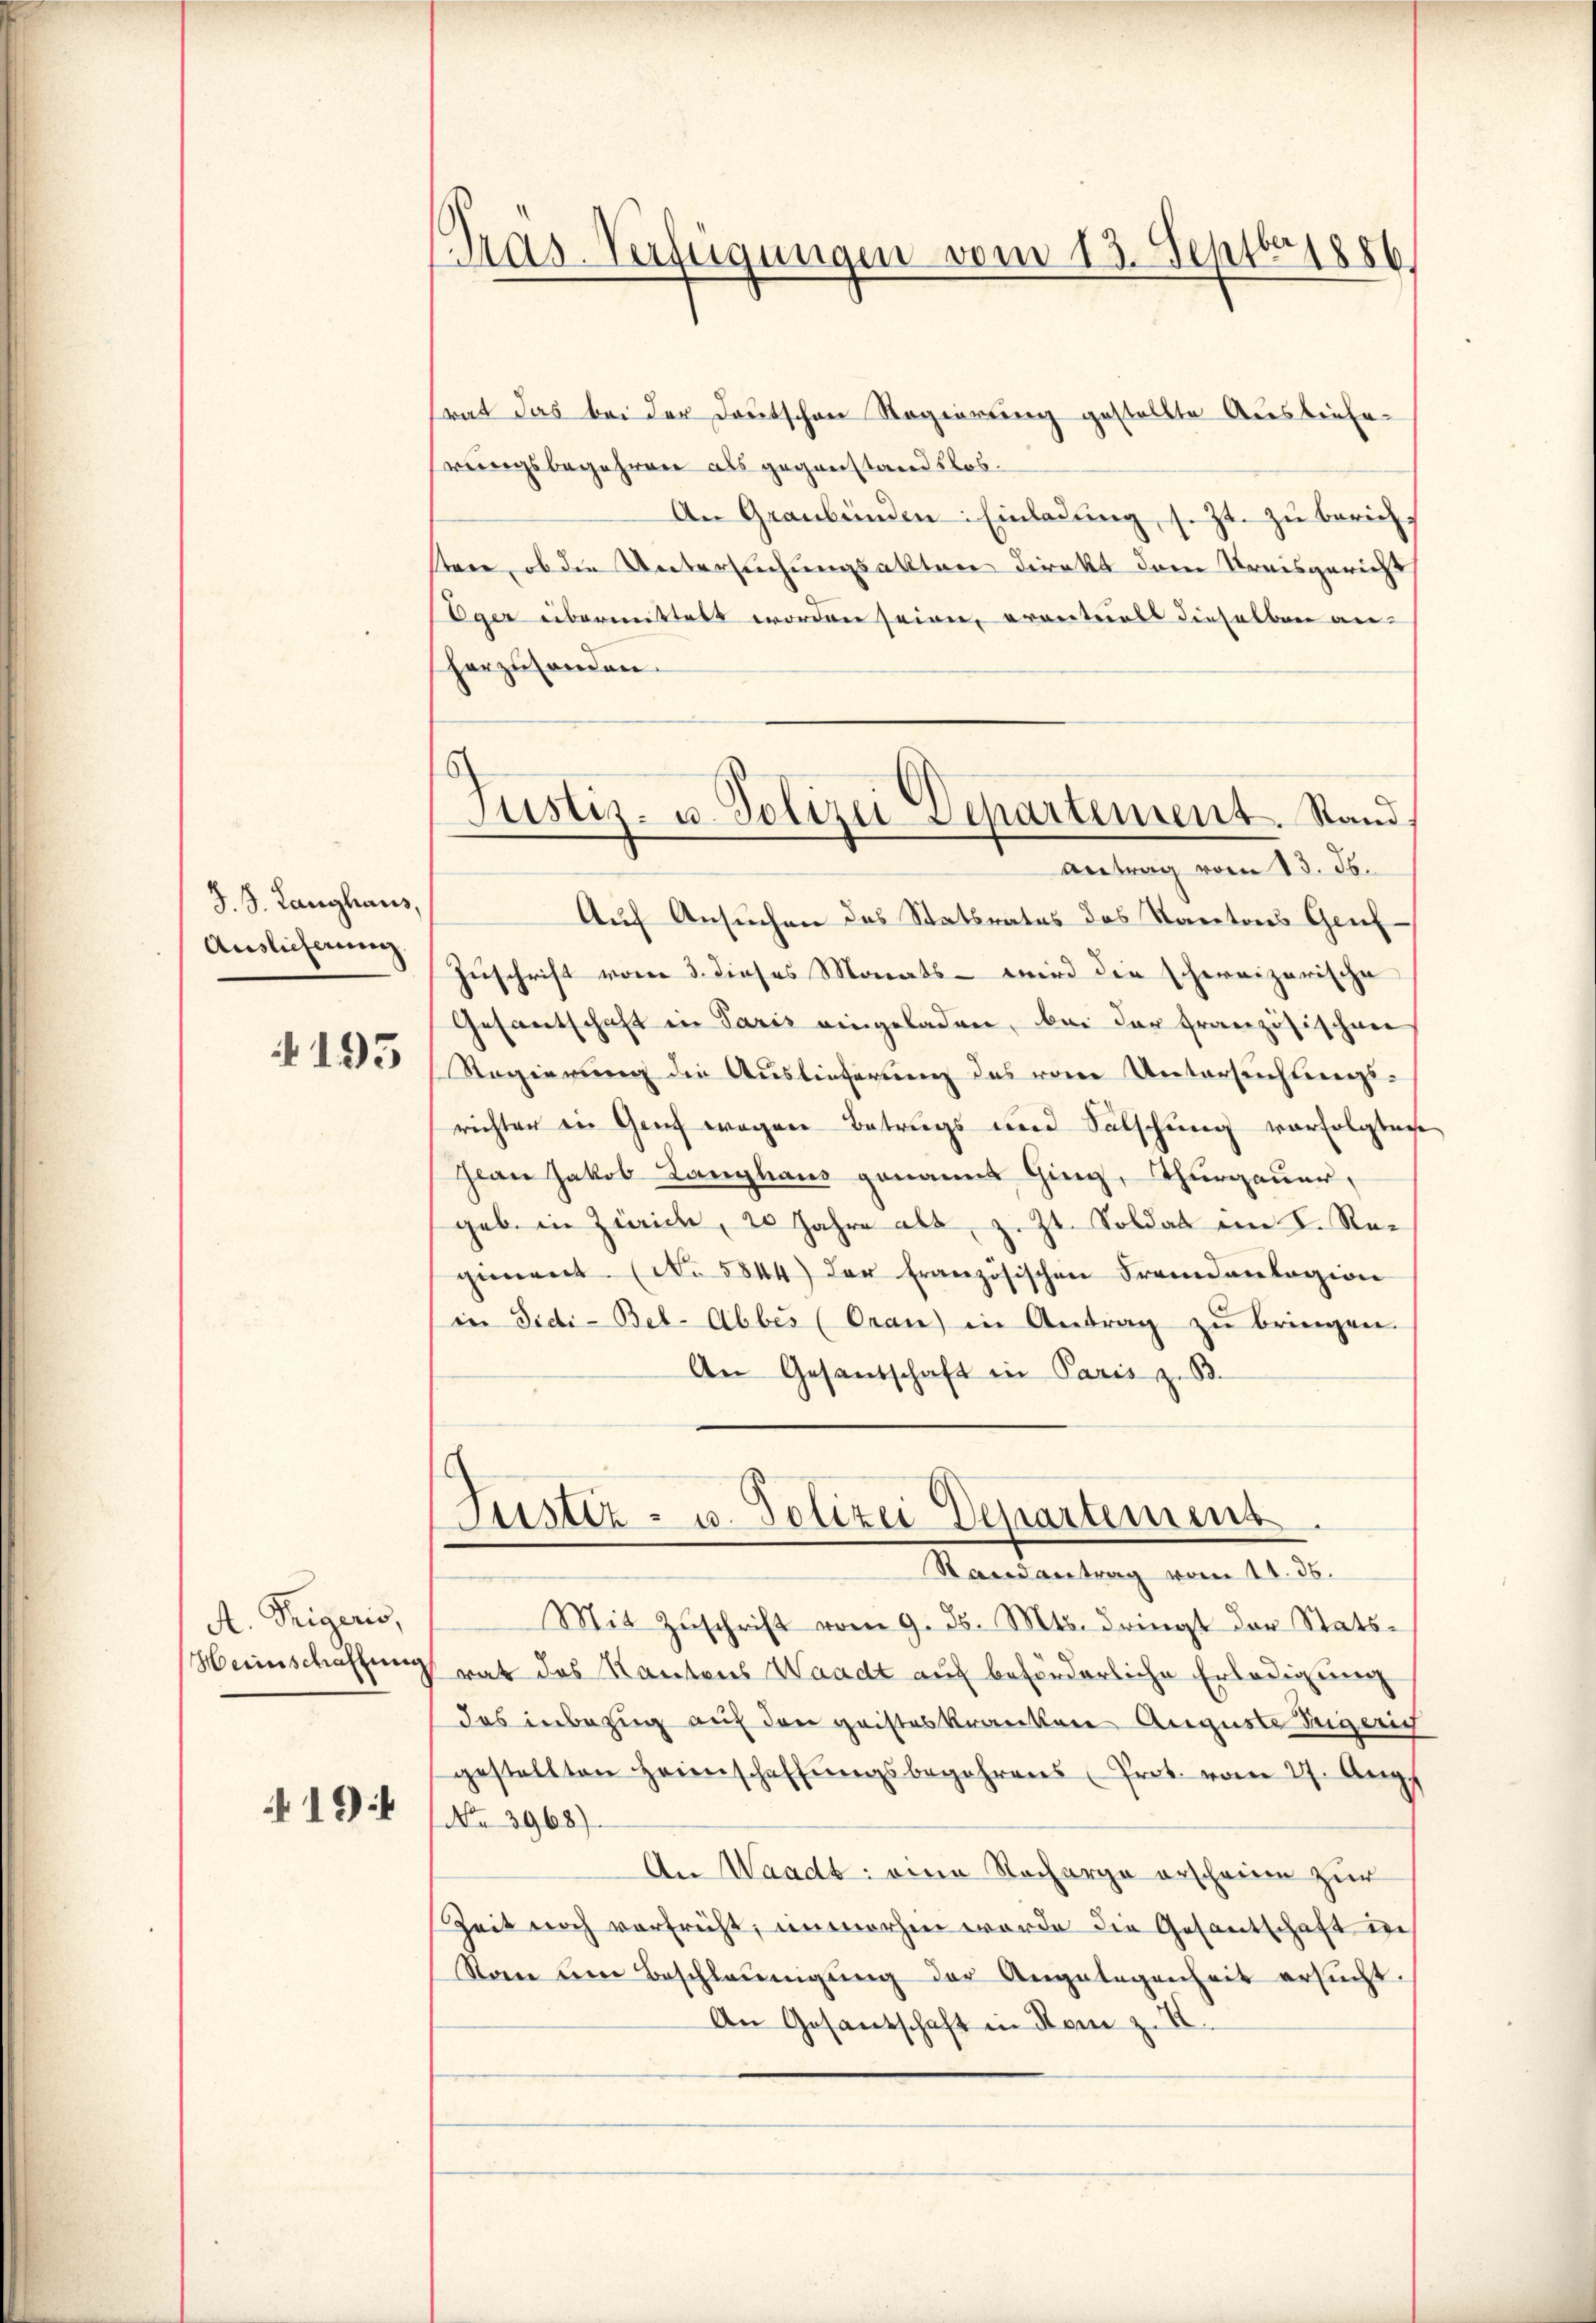
J. J. Langhaus,
Auslieferung.

195

A. Teigeris,
Heinschaffung
19

Tras-Verfügungen vom 13. Septbriest

rat das bei der Deutschen Regierung gestellte Ausliefe-
rungsbegehren als gegenstandslos.
An Graubünden: Einladŭng, s. Zt. zŭ berichstere, ob die Untersuchungsakten Direkt dem Kreisgericht
Eger übermittelt worden seien, erenteils dieselben an-
herzusenden.
Auf Ansuchen des Statsrates des Kantons Genf
Zuschrift vom 3. dieses Monats - wird die schweizerische
Gesantschaft in Paris eingeladen, bei der französischen
Regierung die Auslieferung des von Untersuchtungsrichten in Genf wegen Betrugs und Sülschung vorfolgten
Jean Jakob Langhaus genannt Ging, Thurgauer,
geb. in Zürich, 20 Jahre als, z. Zt. Soldat im K. Regement. (No 5844) der Französischen Fremdenlagion
in Didi-Bel-Abbes (Oran) in Antrag zŭ bringen.
An Gesandschaft in Paris z. B.
Justiz- u. Polizei Departemens.
Randantrag vom 11. 36.
Mit Zŭschrift vom 9. d. Mts. dringt der Stats-
rat das Kantons Waadt auf beförderliche Erledigung
das inbezug auf den geisteskranken Auguste Teigeric
gestellten Heimschaffŭngsbegehrens Prot. vom 27. Aŭg.
No 3968).
An Waadt: eine Nacharge erscheine zur
Zeit noch vorfrüht, unmorhen worde die Gesantschaft in
Son um Beschleunigung der Angelegenheit ersŭcht.
An Gesandschaft in Rom z. B.

Justiz- u. Polizei Departement. Stand.
Antrag vom 13. ds.